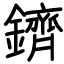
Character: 鑇